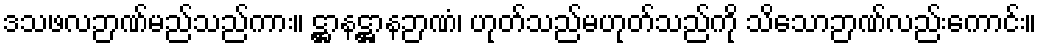
ဒသဖလဉာဏ်မည်သည်ကား။ ဋ္ဌာနဋ္ဌာနဉာဏံ၊ ဟုတ်သည်မဟုတ်သည်ကို သိသောဉာဏ်လည်းကောင်း။